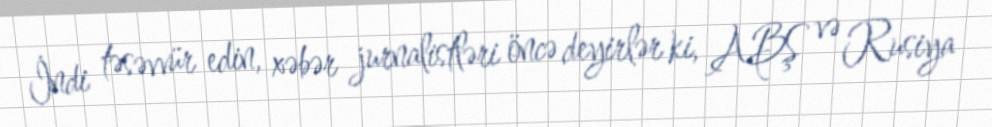
İndi təsəvvür edin, xəbər jurnalistləri öncə deyirlər ki, ABŞ və Rusiya